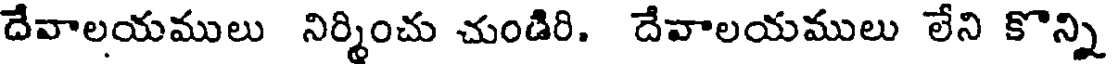
దేవాలయములు నిర్మించు చుండిరి. దేవాలయములు లేని కొన్ని